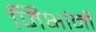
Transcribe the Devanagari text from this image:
जिभांनी